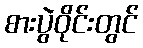
စားပွဲဝိုင်းတွင်